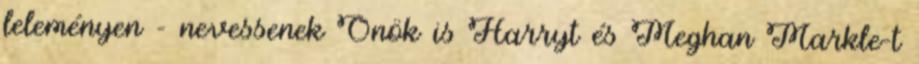
leleményen - nevessenek Önök is Harryt és Meghan Markle-t